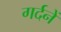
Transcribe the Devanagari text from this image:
गर्दनें